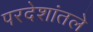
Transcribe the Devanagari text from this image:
परदेशांतले